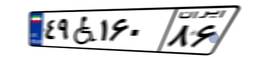
۴۹W۱۶۰۸۶